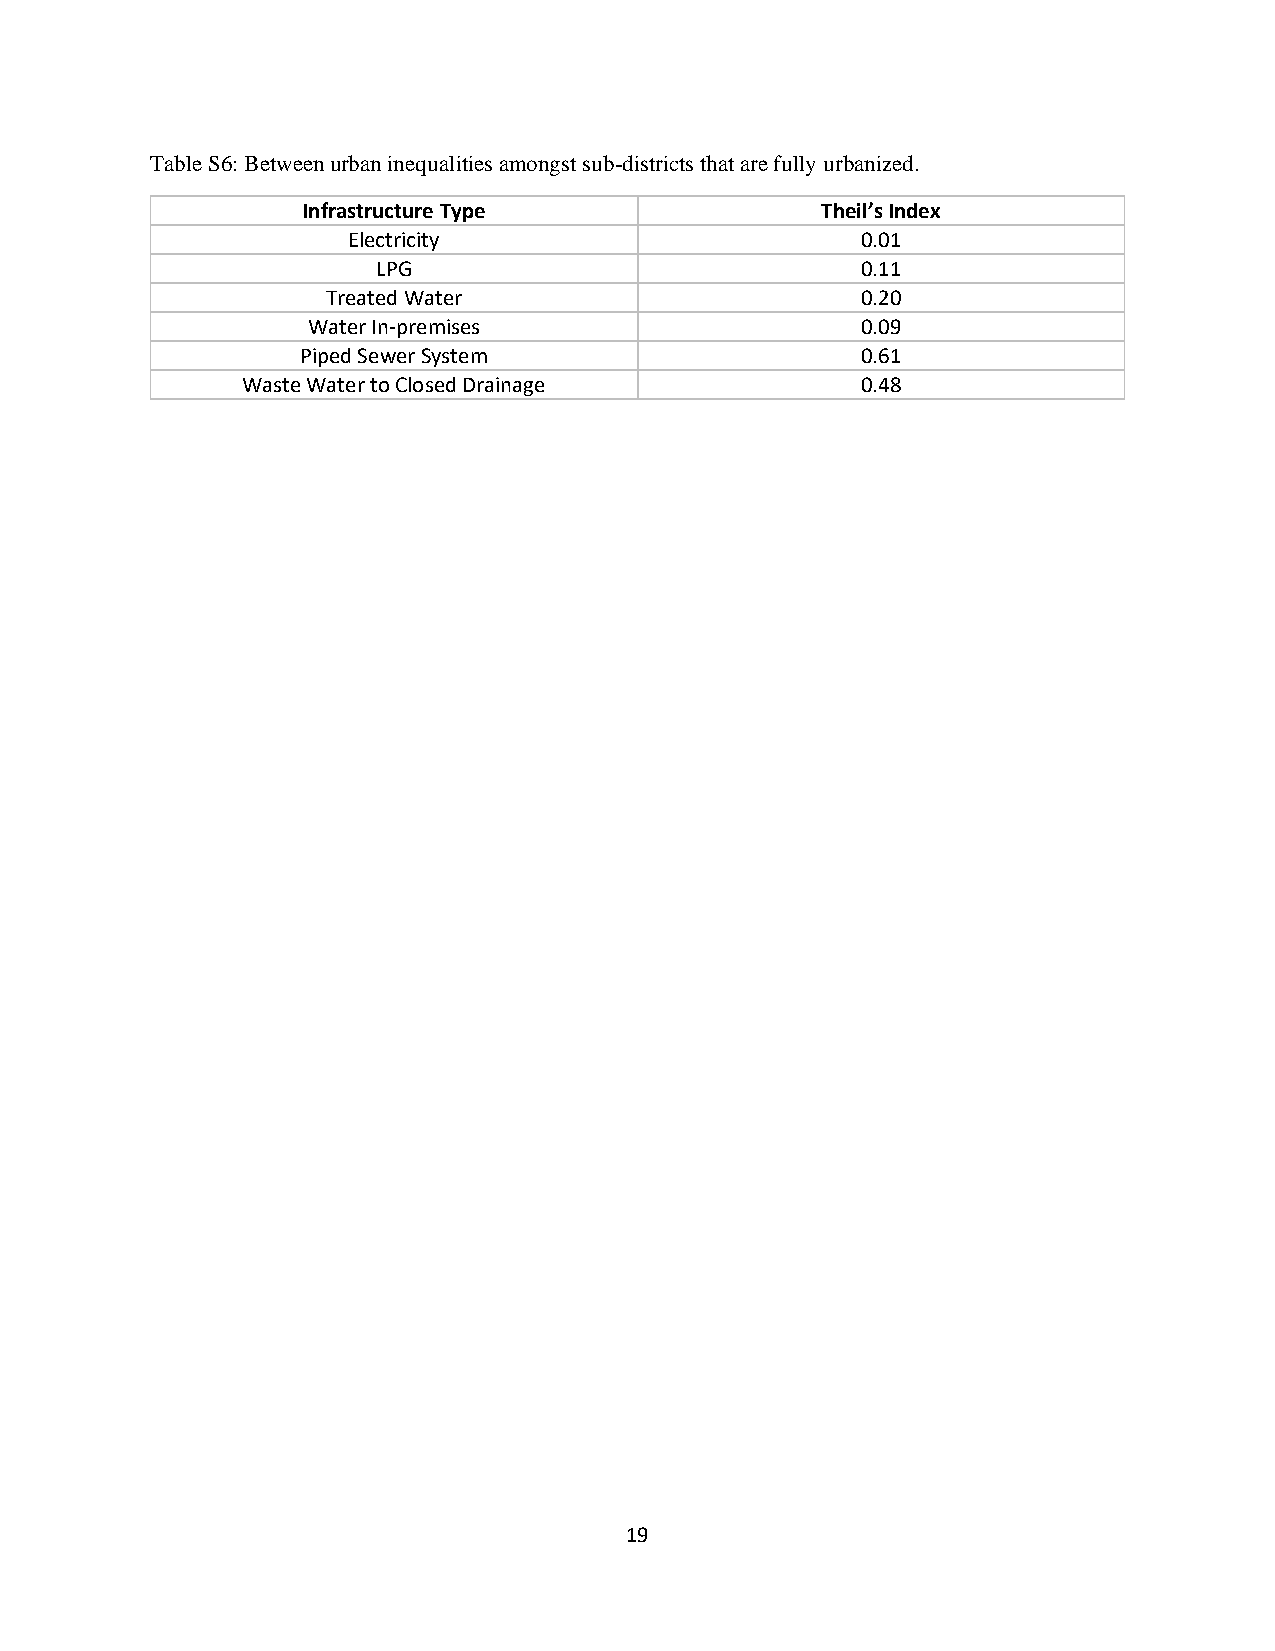
Table S6: Between urban inequalities amongst sub-districts that are fully urbanized.
 Infrastructure Type               Theil’s Index
 Electricity                       0.01
 LPG                             0.11
 Treated Water                      0.20
 Water In-premises                    0.09
 Piped Sewer System                   0.61
 Waste Water to Closed Drainage           0.48
 19